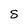
Character: S